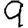
Digit: 9